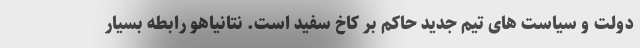
دولت و سیاست های تیم جدید حاکم بر کاخ سفید است. نتانیاهو رابطه بسیار